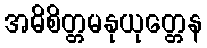
အဓိစိတ္တမနုယုတ္တေန